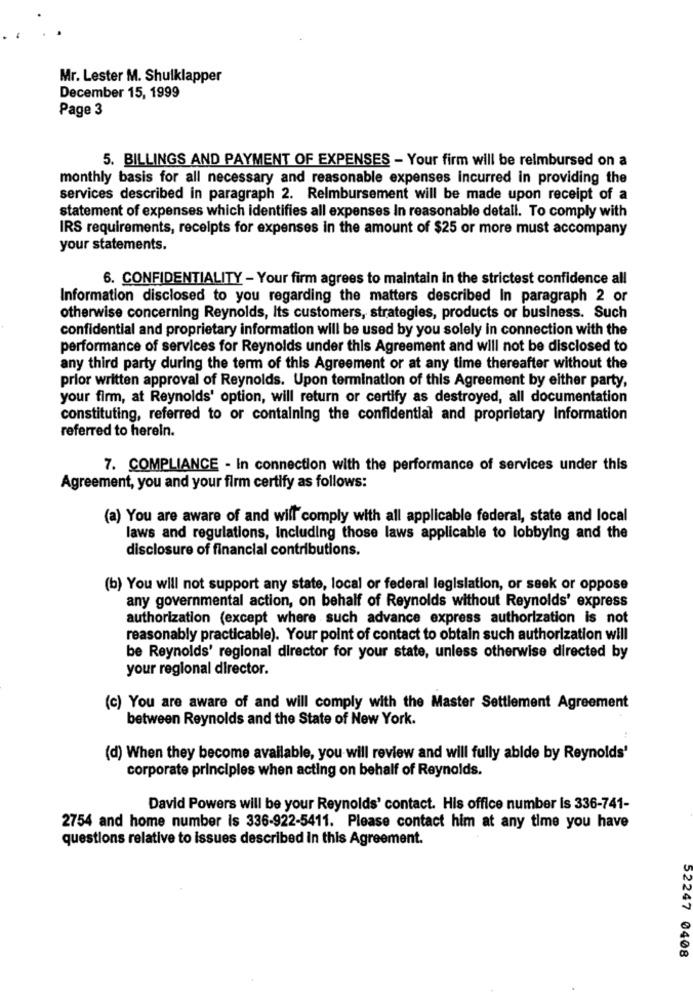
Mr. Lester M. Shulklapper
December 15, 1999
Page 3
5. BILLINGS AND PAYMENT OF EXPENSES - Your firm will be reimbursed on a
monthly basis for all necessary and reasonable expenses incurred in providing the
services described in paragraph 2. Reimbursement will be made upon receipt of a
statement of expenses which identifies all expenses In reasonable detall. To comply with
IRS requirements, receipts for expenses in the amount of $25 or more must accompany
your statements.
6. CONFIDENTIALITY - Your firm agrees to maintain in the strictest confidence all
Information disclosed to you regarding the matters described In paragraph 2 or
otherwise concerning Reynolds, Its customers, strategies, products or business. Such
confidential and proprietary information will be used by you solely in connection with the
performance of services for Reynolds under this Agreement and will not be disclosed to
any third party during the term of this Agreement or at any time thereafter without the
prior written approval of Reynolds. Upon termination of this Agreement by either party,
your firm, at Reynolds' option, will return or certify as destroyed, all documentation
constituting, referred to or containing the confidential and proprietary Information
referred to herein.
7. COMPLIANCE - In connection with the performance of services under this
Agreement, you and your firm certify as follows:
(a) You are aware of and will comply with all applicable federal, state and local
laws and regulations, Including those laws applicable to lobbying and the
disclosure of financial contributions.
(b) You will not support any state, local or federal legislation, or seek or oppose
any governmental action, on behalf of Reynolds without Reynolds' express
authorization (except where such advance express authorization is not
reasonably practicable). Your point of contact to obtain such authorization will
be Reynolds' regional director for your state, unless otherwise directed by
your regional director.
(c) You are aware of and will comply with the Master Settlement Agreement
between Reynolds and the State of New York.
(d) When they become available, you will review and will fully abide by Reynolds'
corporate principles when acting on behalf of Reynolds.
David Powers will be your Reynolds' contact. His office number is 336-741-
2754 and home number is 336-922-5411. Please contact him at any time you have
questions relative to issues described in this Agreement.
52247 0408